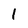
Character: 1